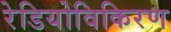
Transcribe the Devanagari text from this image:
रेडियोविकिरण